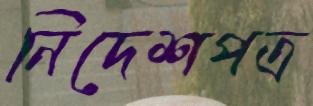
নিদেশপত্র